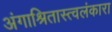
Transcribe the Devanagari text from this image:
अंगाश्रितास्त्वलंकारा